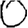
Digit: 0